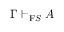
\Gamma \vdash _ { \mathrm { F } S } A